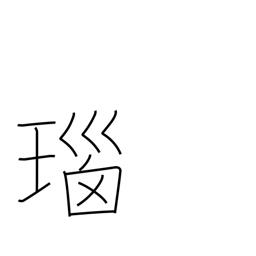
Meaning: onyx